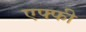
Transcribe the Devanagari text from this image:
एफ्फी